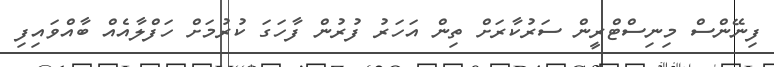
ފިނޭންސް މިނިސްޓްރީން ސަރުކާރަށް ތިން އަހަރު ފުރުން ފާހަގަ ކުރުމަށް ހަފްލާއެއް ބާއްވައިފި